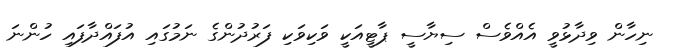
ނިހާން ވިދާޅުވީ އެއްވެސް ސިޔާސީ ޕާޓީއަކީ ވަކިވަކި ފަރުދުންގެ ނަމުގައި އުފައްދާފައި ހުންނަ